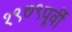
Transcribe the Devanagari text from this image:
१९७९पूर्वी